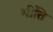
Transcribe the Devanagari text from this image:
भींति